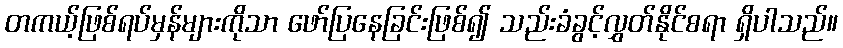
တကယ့်ဖြစ်ရပ်မှန်များကိုသာ ဖော်ပြနေခြင်းဖြစ်၍ သည်းခံခွင့်လွှတ်နိုင်စရာ ရှိပါသည်။